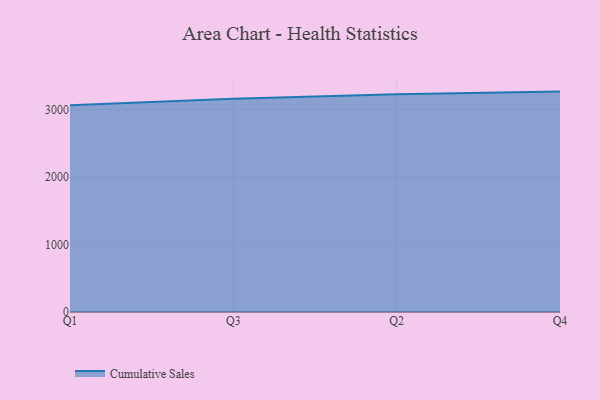
{"axis": {"x": "Quarter", "y": "Temperature (°C)"}, "legend": ["Cumulative Sales"], "data": [{"x": "Q1", "y": 3065.3, "type": "Cumulative Sales"}, {"x": "Q3", "y": 3161.7, "type": "Cumulative Sales"}, {"x": "Q2", "y": 3227.3, "type": "Cumulative Sales"}, {"x": "Q4", "y": 3267.4, "type": "Cumulative Sales"}]}